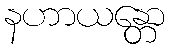
နဟာယန္တော